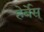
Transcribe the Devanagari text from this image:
हेर्बेस